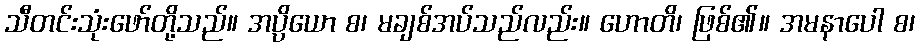
သီတင်းသုံးဖော်တို့သည်။ အပ္ပိယော စ၊ မချစ်အပ်သည်လည်း။ ဟောတိ၊ ဖြစ်၏။ အမနာပေါ စ၊